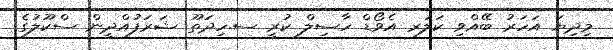
މިދިޔަ އަހަރު ބޭއްވި ކަލަރ އެވޯޑް ހާސިލް ކުރީ ސ.ހިދަތޫ ޝަރަފުއްދީން ސްކޫލުގެ